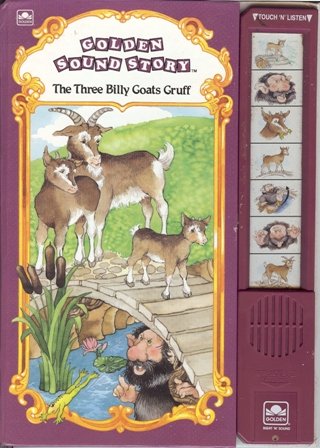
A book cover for Three Billy Goats Gruff (Golden Sound Story Books-Classics); Golden Books; Children's Books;